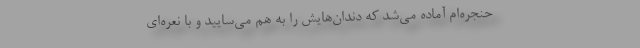
حنجره‌ام آماده می‌شد که دندان‌هایش را به هم می‌سایید و با نعره‌ای